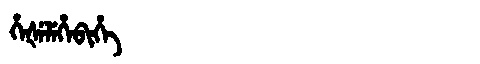
Manchu: ᡥᡝᡧᡝᠯᡝᡥᡝᠪᡳᡥᡝ
Romanization: HEŠELEHEBIHE